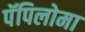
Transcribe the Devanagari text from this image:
पॅपिलोमा